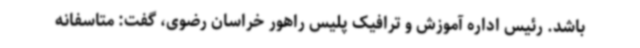
باشد. رئیس اداره آموزش و ترافیک پلیس راهور خراسان رضوی، گفت: متاسفانه